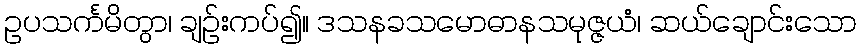
ဥပသင်္ကမိတွာ၊ ချဉ်းကပ်၍။ ဒသနခသမောဓာနသမုဇ္ဇယံ၊ ဆယ်ချောင်းသော